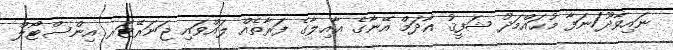
ނައިވާދޫ/ނަފާ މުޙައްމަދު ޝަފީޤު އާދަމް އޭނާގެ ޢާއިލާގެ ފަރާތެއް ލައްވައި ޖަނަރޭޓަރ އިންސްޓޯލް